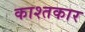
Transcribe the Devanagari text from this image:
काश्‍तकार